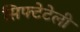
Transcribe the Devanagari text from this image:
सिफ्टेटेली